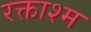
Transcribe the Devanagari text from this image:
रक्ताश्म